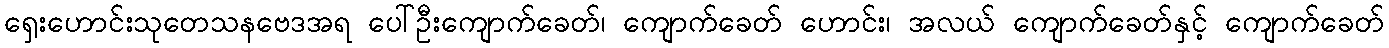
ရှေးဟောင်းသုတေသနဗေဒအရ ပေါ်ဦးကျောက်ခေတ်၊ ကျောက်ခေတ် ဟောင်း၊ အလယ် ကျောက်ခေတ်နှင့် ကျောက်ခေတ်